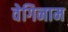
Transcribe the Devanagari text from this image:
वेगिनाम